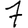
Digit: 7